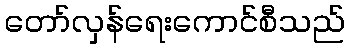
တော်လှန်ရေးကောင်စီသည်